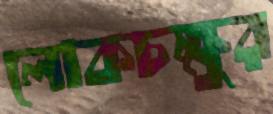
লোকচক্ষুর